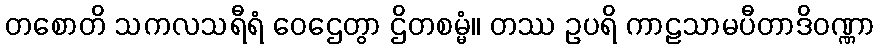
တစောတိ သကလသရီရံ ဝေဌေတွာ ဌိတစမ္မံ။ တဿ ဥပရိ ကာဠသာမပီတာဒိဝဏ္ဏာ